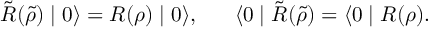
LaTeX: \tilde { R } ( \tilde { \rho } ) \mid 0 \rangle = R ( \rho ) \mid 0 \rangle , \; \; \; \; \; \; \langle 0 \mid \tilde { R } ( \tilde { \rho } ) = \langle 0 \mid R ( \rho ) .